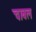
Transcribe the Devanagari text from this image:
चाबल